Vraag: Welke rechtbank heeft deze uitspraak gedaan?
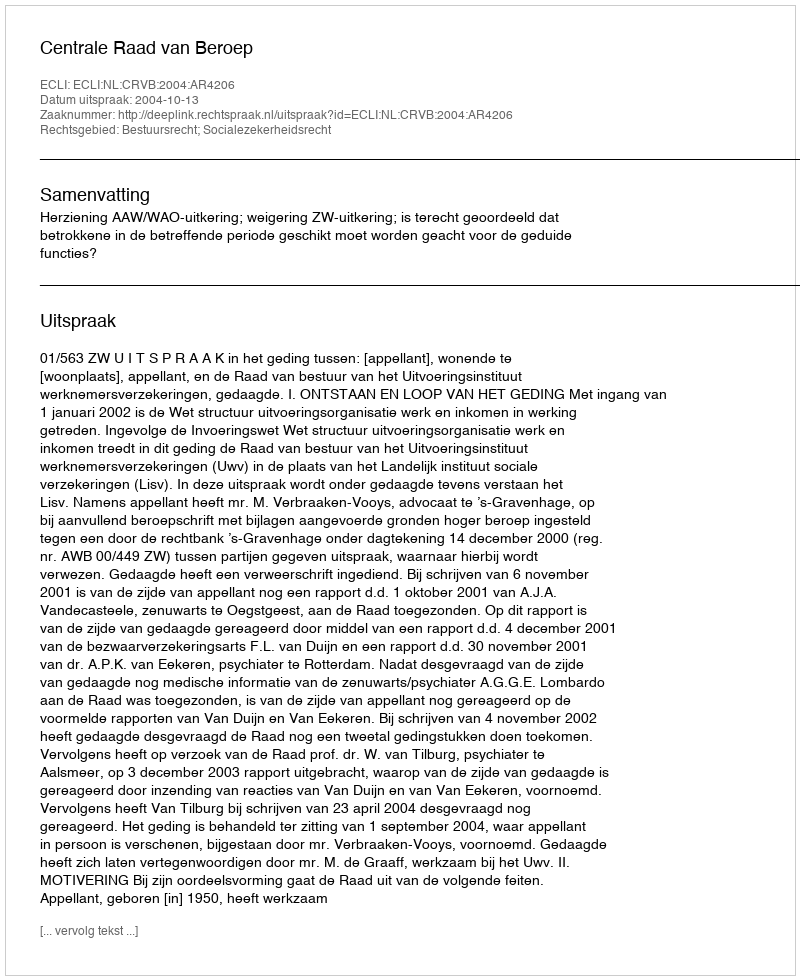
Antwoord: Centrale Raad van Beroep